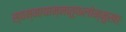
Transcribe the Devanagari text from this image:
स्वम्नायाम्नातूफलोन्मुखाः